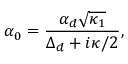
\alpha _ { 0 } = \frac { \alpha _ { d } \sqrt { \kappa _ { 1 } } } { \Delta _ { d } + i \kappa / 2 } ,